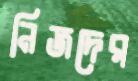
নিজদের